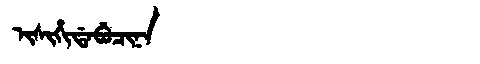
Manchu: ᡳᠰᡳᡥᡳᡩᠠᠪᡠᠴᡳᠨᠠ
Romanization: ISIHIDABUCINA